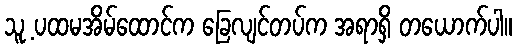
သူ့ ပထမအိမ်ထောင်က ခြေလျင်တပ်က အရာရှိ တယောက်ပါ။